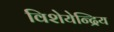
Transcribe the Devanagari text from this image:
विशेयेन्द्रिय